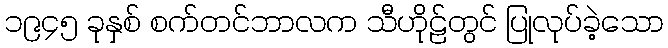
၁၉၄၅ ခုနှစ် စက်တင်ဘာလက သီဟိုဠ်တွင် ပြုလုပ်ခဲ့သော